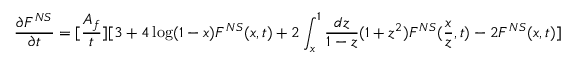
\frac { \partial F ^ { N S } } { \partial t } = [ \frac { A _ { f } } { t } ] [ 3 + 4 \log ( 1 - x ) F ^ { N S } ( x , t ) + 2 \int _ { x } ^ { 1 } \frac { d z } { 1 - z } ( 1 + z ^ { 2 } ) F ^ { N S } ( \frac { x } { z } , t ) - 2 F ^ { N S } ( x , t ) ]